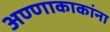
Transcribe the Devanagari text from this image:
अण्णाकाकांना